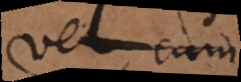
nec cum